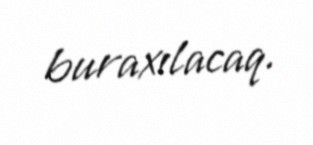
buraxılacaq.